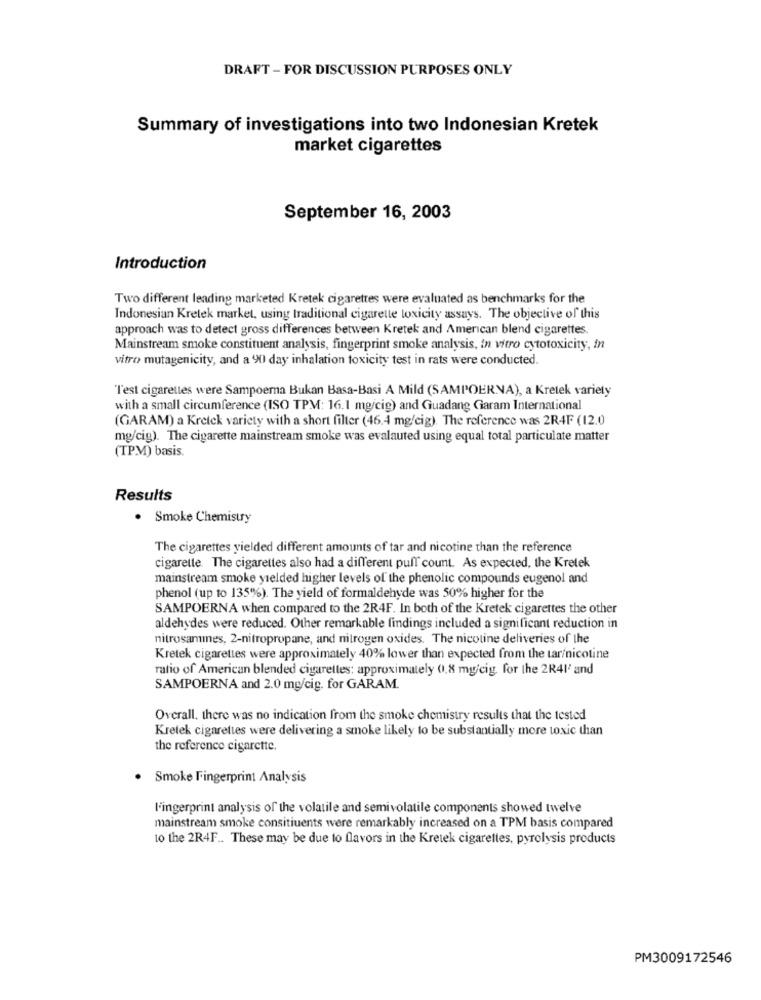
DRAFT - FOR DISCUSSION PURPOSES ONLY
Summary of investigations into two Indonesian Kretek
market cigarettes
September 16, 2003
Introduction
Two different leading marketed Kretek cigarettes were evaluated as benchmarks for the
Indonesian Kretek market, using traditional cigarette toxicity assays. The objective of this
approach was to detect gross differences between Kretek and American blend cigarettes.
Mainstream smoke constituent analysis, fingerprint smoke analysis, in vitro cytotoxicity, in
vitro mutagenicity, and a 90) day inhalation toxicity test in rats were conducted.
Test cigarettes were Sampoerna Bukan Basa-Basi A Mild (SAMPOERNA), a Kretek variety
with a small circumference (ISO TPM: 16.1 mg/cig) and Guadang Garam International
(GARAM) a Kretek variety with a short filter (46.4 mg/cig). The reference was 2R4F (12.0
mg/cig). The cigarette mainstream smoke was evalauted using equal total particulate matter
(TPM) basis.
Results
. Smoke Chemistry
The cigarettes yielded different amounts of tar and nicotine than the reference
cigarette. The cigarettes also had a different puff count. As expected, the Kretek
mainstream smoke yielded higher levels of the phenolic compounds eugenol and
phenol (up to 135%). The yield of formaldehyde was 50% higher for the
SAMPOERNA when compared to the 2R4F. In both of the Kretek cigarettes the other
aldehydes were reduced. Other remarkable findings included a significant reduction in
nitrosamines, 2-nitropropane, and nitrogen oxides. The nicotine deliveries of the
Kretek cigarettes were approximately 40% lower than expected from the tar/nicotine
ratio of American blended cigarettes: approximately 0.8 mg/cig for the 2R4l' and
SAMPOERNA and 2.0 mg/cig. for GARAM.
Overall, there was no indication from the smoke chemistry results that the tested
Kretek cigarettes were delivering a smoke likely to be substantially more toxic than
the reference cigarette.
· Smoke Fingerprint Analysis
l'ingerprint analysis of the volatile and semivolatile components showed twelve
mainstream smoke consitiuents were remarkably increased on a TPM basis compared
to the 2R4F .. These may be due to flavors in the Kretek cigarettes, pyrolysis products
PM3009172546